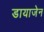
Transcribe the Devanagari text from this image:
डायाजेन